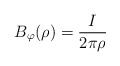
\begin{align*}B_{\varphi}(\rho )=\frac{I}{2\pi\rho}\end{align*}